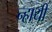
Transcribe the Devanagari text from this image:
न्हायी